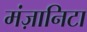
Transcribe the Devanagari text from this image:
मंज़ानिटा